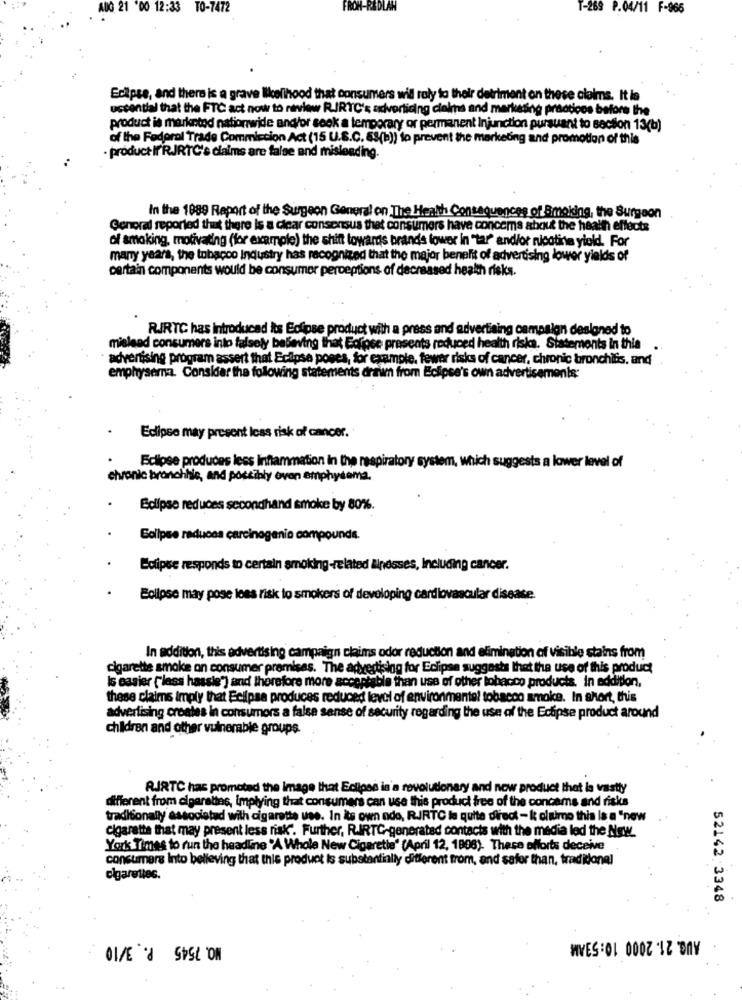
AUG 21 '00 12:33 TO-7472
FROM-REDLAN
T-269 P.04/11 F-966
Edipse, and there is a grave likelihood that consumers will roly to their detriment on these claims. It is
uscential that the FTC act now to review RIRTC's advertising claims and marketing practices before the
product is marketod nationwide and/or sook a temporary or permanent Injunction pursuant to section 13(b)
of the Federal Trade Commission Act (15 U.S.C. 63(b)) to prevent the marketing and promotion of this
product If'R.JRTC's claims are false and misleading.
In the 1989 Report of the Surgeon General on The Heath Consequences of Smoking, the Surgeon
General reported that there is a clear consensus that consumers have concema about the health effects
of smoking, motivating (for example) the shift towards brands lower in "tar" and/or nicotine yiold. For
many years, the tobacco Industry has recognized that the major benefit of advertising lower yields of
certain components would be consumer perceptions of decreased health risks.
RIRTC has introduced its Eclipse product with a press and advertising campaign designed to
mislead consumers into falsely beleving that Ecrose presents reduced health risks. Statements in this .
advertising program assert that Eclipse poses, for example, fewer risks of cancer, chronic bronchitis, and
emphysema. Consider the following statements drawn from Eclipse's own advertisements:
Eclipse may present less risk of cancer.
Eclipse produces less Inflammation in the respiratory system, which suggests a lower level of
chronic bronchhic, and possibly even emphysema.
Eclipse reduces secondhand smoke by 80%.
Gollpee reduces carcinogenio compounds.
Eclipse responds to certain smoking-related lindsses, Including cancer.
Eclipse may pose lees risk to smokers of developing cardiovascular disease.
In addition, this advertising campaign claims odor reduction and elimination of Visible stains from
cigarette smoke on consumer premisas. The advertising for Eclipse suggests that the use of this product
Is easier [lass hassis") and therefore more acceptable than use of other tobacco products. In addition,
these claims Imply that Eclipse produces reduced level of environmental tobacco smoice. In short, this
advertising creates in consumors a false sense of security regarding the use of the Eclipse product around
children and other vulnerable groups.
RIRTC has promoted the Image that Eclipse in'a revolutionary and new product that la vastly
different from elgaralins, implying that consumers can use this product free of the concams and risks
traditionally associated with cigarette use. In its own ndo, R.JRTC le quite direct -k oltimo this is a "new
cigarete that may present less risk. Further, RUIRTG-generated contacts with the media led the New.
York Times to run the headline 'A Whole New Cigaretie' (April 12, 1808). These efforts deceive
consumers Into believing that this product is substantially different from, and safor than, traditional
cigarettes.
52142 3348
NO. 7545 P. 3/10
AUG. 21. 2000 10:53AM